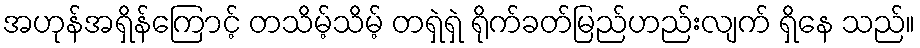
အဟုန်အရှိန်ကြောင့် တသိမ့်သိမ့် တရှဲရှဲ ရိုက်ခတ်မြည်ဟည်းလျက် ရှိနေ သည်။